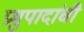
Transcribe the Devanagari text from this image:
प्रभुपादांची